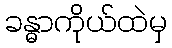
ခန္ဓာကိုယ်ထဲမှ